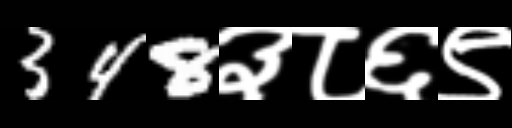
Text: 348३८६९